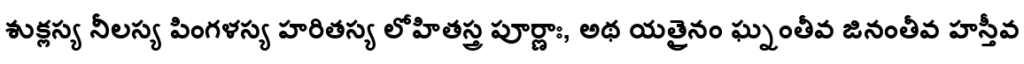
శుక్లస్య నీలస్య పింగళస్య హరితస్య లోహితస్త్ర పూర్ణాః, అథ యత్రైనం ఘ్నంతీవ జినంతీవ హస్తీవ